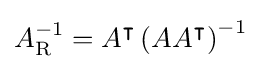
A_{\mathrm {R} }^{-1}=A^{\intercal }\left(AA^{\intercal }\right)^{-1}